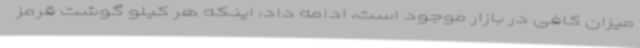
میزان کافی در بازار موجود است، ادامه داد: اینکه هر کیلو گوشت قرمز